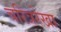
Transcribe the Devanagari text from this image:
चरित्ररेखा